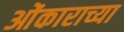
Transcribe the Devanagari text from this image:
ओंकाराच्या